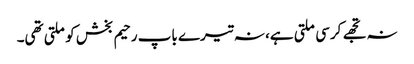
نہ تجھے کرسی ملتی ہے، نہ تیرے باپ رحیم بخش کو ملتی تھی۔